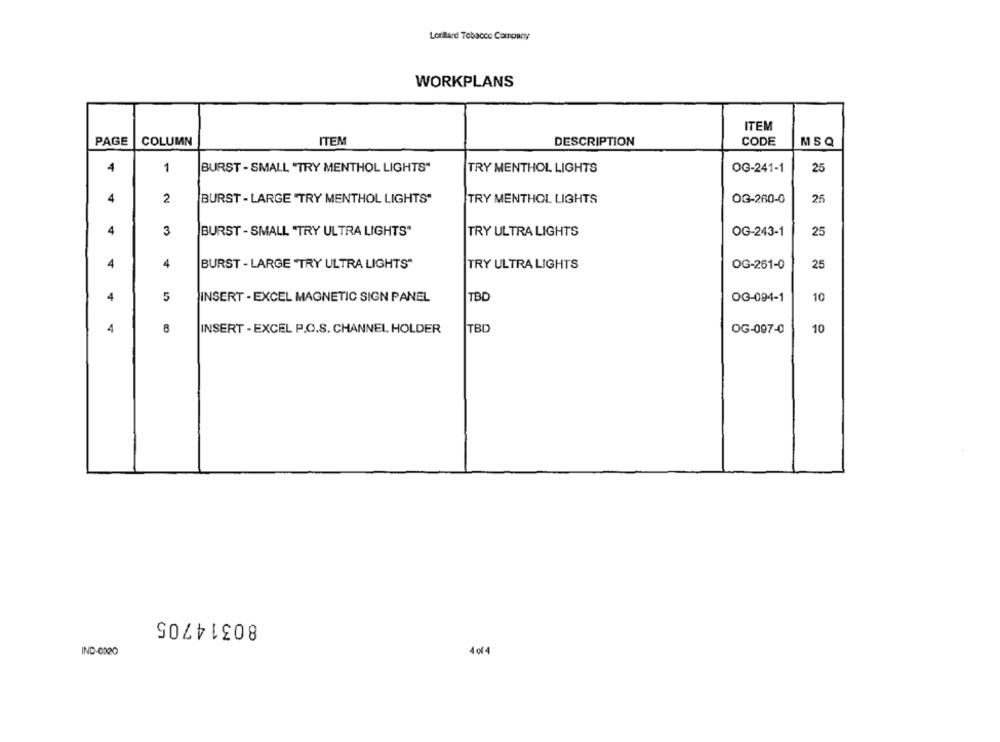
Lorillard Tobacco Company
WORKPLANS
ITEM
PAGE
COLUMN
ITEM
DESCRIPTION
CODE
MSQ
4
1
BURST - SMALL "TRY MENTHOL LIGHTS"
TRY MENTHOL LIGHTS
OG-241-1
25
4
2
BURST - LARGE "TRY MENTHOL LIGHTS"
TRY MENTHOL LIGHTS
OG-260-0
25
4
3
BURST - SMALL "TRY ULTRA LIGHTS"
TRY ULTRA LIGHTS
OG-243-1
25
4
4
BURST - LARGE "TRY ULTRA LIGHTS"
TRY ULTRA LIGHTS
OG-261-0
25
4
TBD
5
INSERT - EXCEL MAGNETIC SIGN PANEL
OG-094-1
10
4
8
INSERT - EXCEL P.O.S. CHANNEL HOLDER
TBD
OG-097-0
10
80314705
IND-0020
4of4